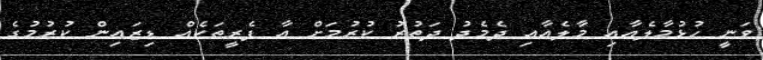
ވަނީ ހުޅުމާލެއާއި މާލެއާއި ދެމެދު ދަތުރު ކުރުމަށް އާ ފެރީތަކެއް ޑިޒައިން ކުރުމުގެ